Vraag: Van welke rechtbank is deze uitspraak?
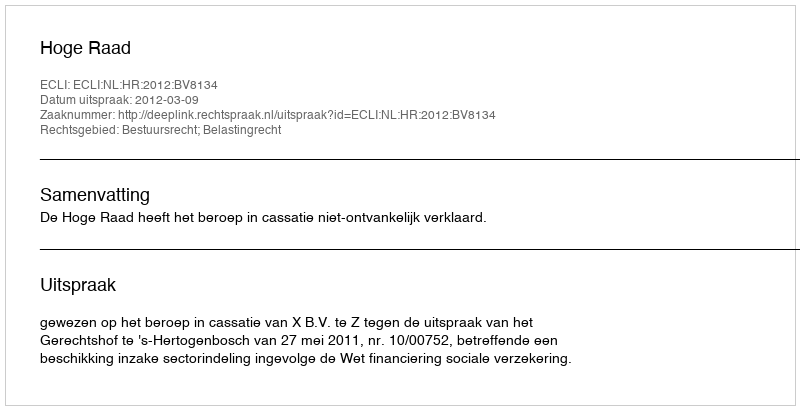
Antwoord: Hoge Raad